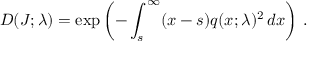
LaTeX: D ( J ; \lambda ) = \exp \left( - \int _ { s } ^ { \infty } ( x - s ) q ( x ; \lambda ) ^ { 2 } \, d x \right) \, .